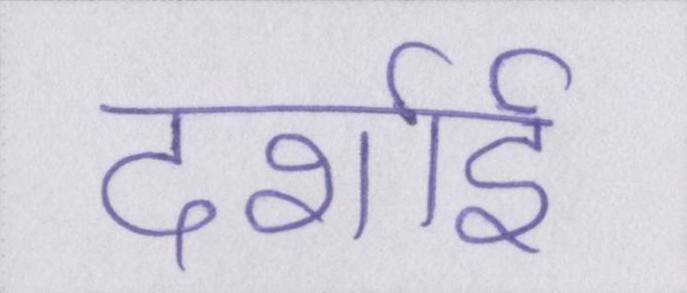
दर्शाई